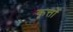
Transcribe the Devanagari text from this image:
कृत्तों